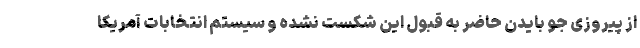
از پیروزی جو بایدن حاضر به قبول این شکست نشده و سیستم انتخابات آمریکا